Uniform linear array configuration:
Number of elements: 32
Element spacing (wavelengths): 0.5
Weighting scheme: hann
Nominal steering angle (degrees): -60
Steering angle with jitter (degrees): -61.769
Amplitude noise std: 0.05
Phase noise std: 0.05

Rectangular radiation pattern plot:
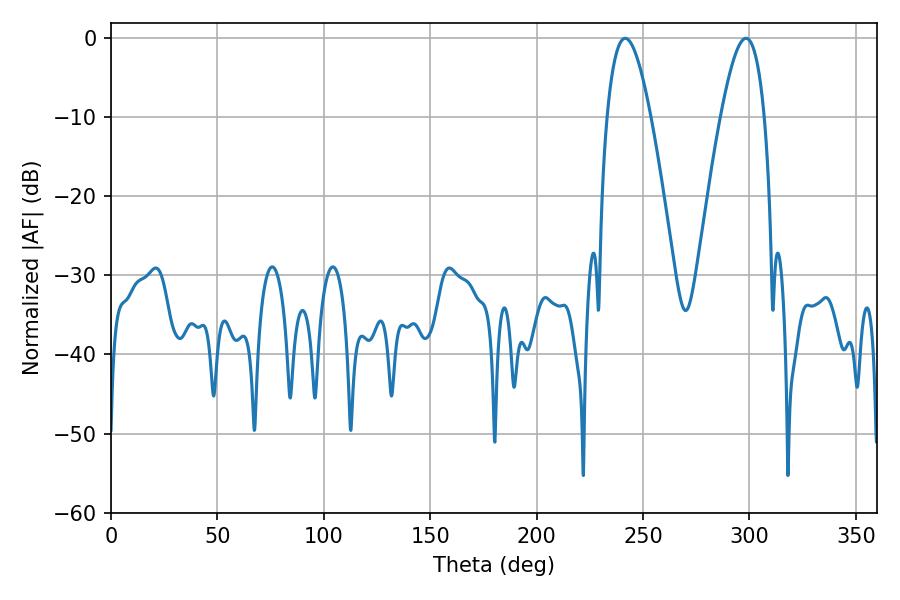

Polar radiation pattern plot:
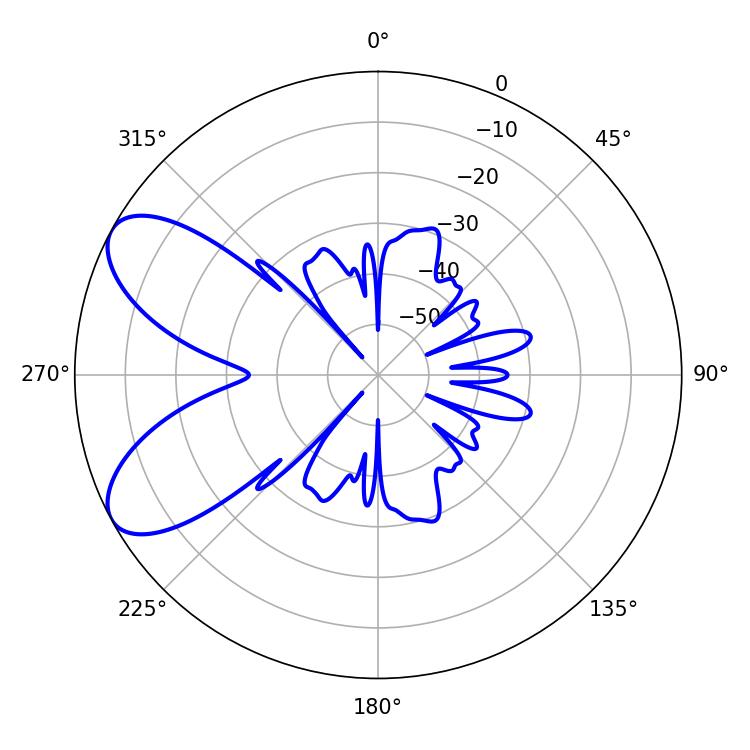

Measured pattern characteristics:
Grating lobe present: FALSE
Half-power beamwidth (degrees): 11.16
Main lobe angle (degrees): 241.56